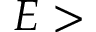
E >